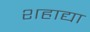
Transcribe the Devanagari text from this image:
शहाद्या